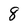
Character: 8